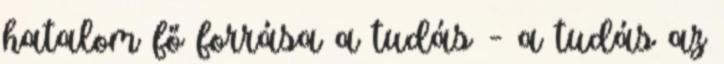
hatalom fő forrása a tudás – a tudás az